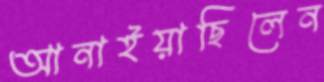
আনাইয়াছিলেন